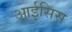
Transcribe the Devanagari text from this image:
आईसिस